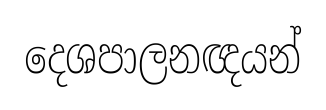
දෙශපාලනඥයන්